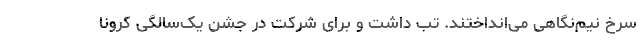
سرخ نیم‌نگاهی می‌انداختند. تب داشت و برای شرکت در جشن یک‌سالگی کرونا